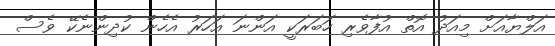
އަލްޔާއަށް މިއަދު އޮތް އުފާވެރި ހަބަރަކީ އަންނަ އަހަރު އެހެން ކުދިންނެކޭ ވެސް